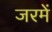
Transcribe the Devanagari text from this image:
जरमें